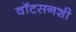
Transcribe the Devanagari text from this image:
वॉटसनशी